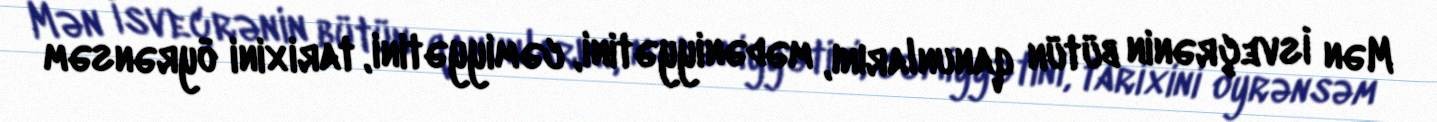
Mən İsveçrənin bütün qanunlarını, mədəniyyətini, cəmiyyətini, tarixini öyrənsəm